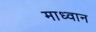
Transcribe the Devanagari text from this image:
माध्वान